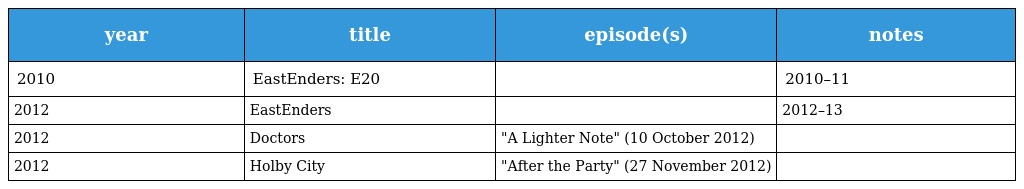
| year | title | episode(s) | notes |
 | --- | --- | --- | --- |
 | 2010 | EastEnders: E20 |  | 2010–11 |
 | 2012 | EastEnders |  | 2012–13 |
 | 2012 | Doctors | "A Lighter Note" (10 October 2012) |  |
 | 2012 | Holby City | "After the Party" (27 November 2012) |  |